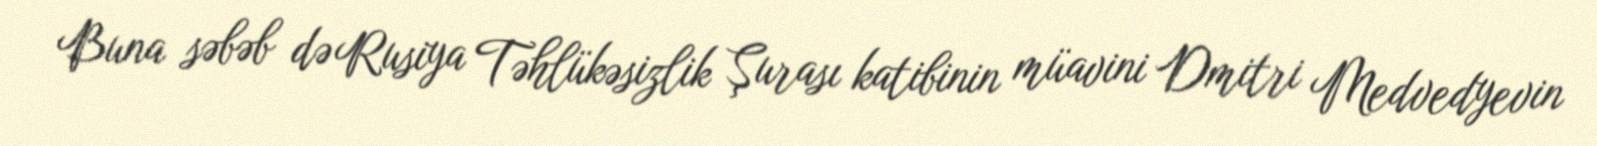
Buna səbəb də Rusiya Təhlükəsizlik Şurası katibinin müavini Dmitri Medvedyevin